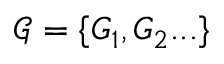
\mathcal { G } = \{ G _ { 1 } , G _ { 2 } . . . \}